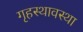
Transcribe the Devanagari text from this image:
गृहस्थावस्था